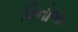
વિનોબા